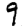
Digit: 9